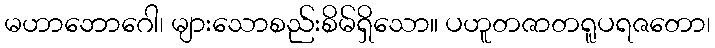
မဟာဘောဂေါ၊ များသောစည်းစိမ်ရှိသော။ ပဟူတဇာတရူပရဇတော၊